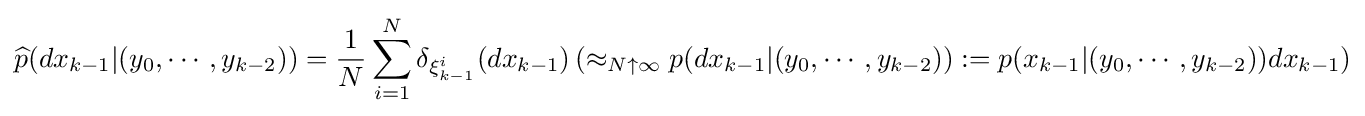
{\widehat {p}}(dx_{k-1}|(y_{0},\cdots ,y_{k-2}))={\frac {1}{N}}\sum _{i=1}^{N}\delta _{\xi _{k-1}^{i}}(dx_{k-1})\left(\approx _{N\uparrow \infty }p(dx_{k-1}|(y_{0},\cdots ,y_{k-2})):={p}(x_{k-1}|(y_{0},\cdots ,y_{k-2}))dx_{k-1}\right)